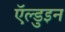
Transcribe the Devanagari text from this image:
ऍल्डुइन